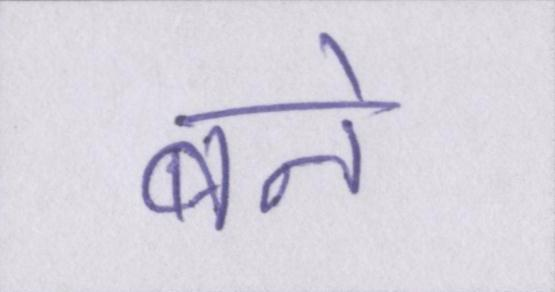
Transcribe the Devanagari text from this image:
बने।